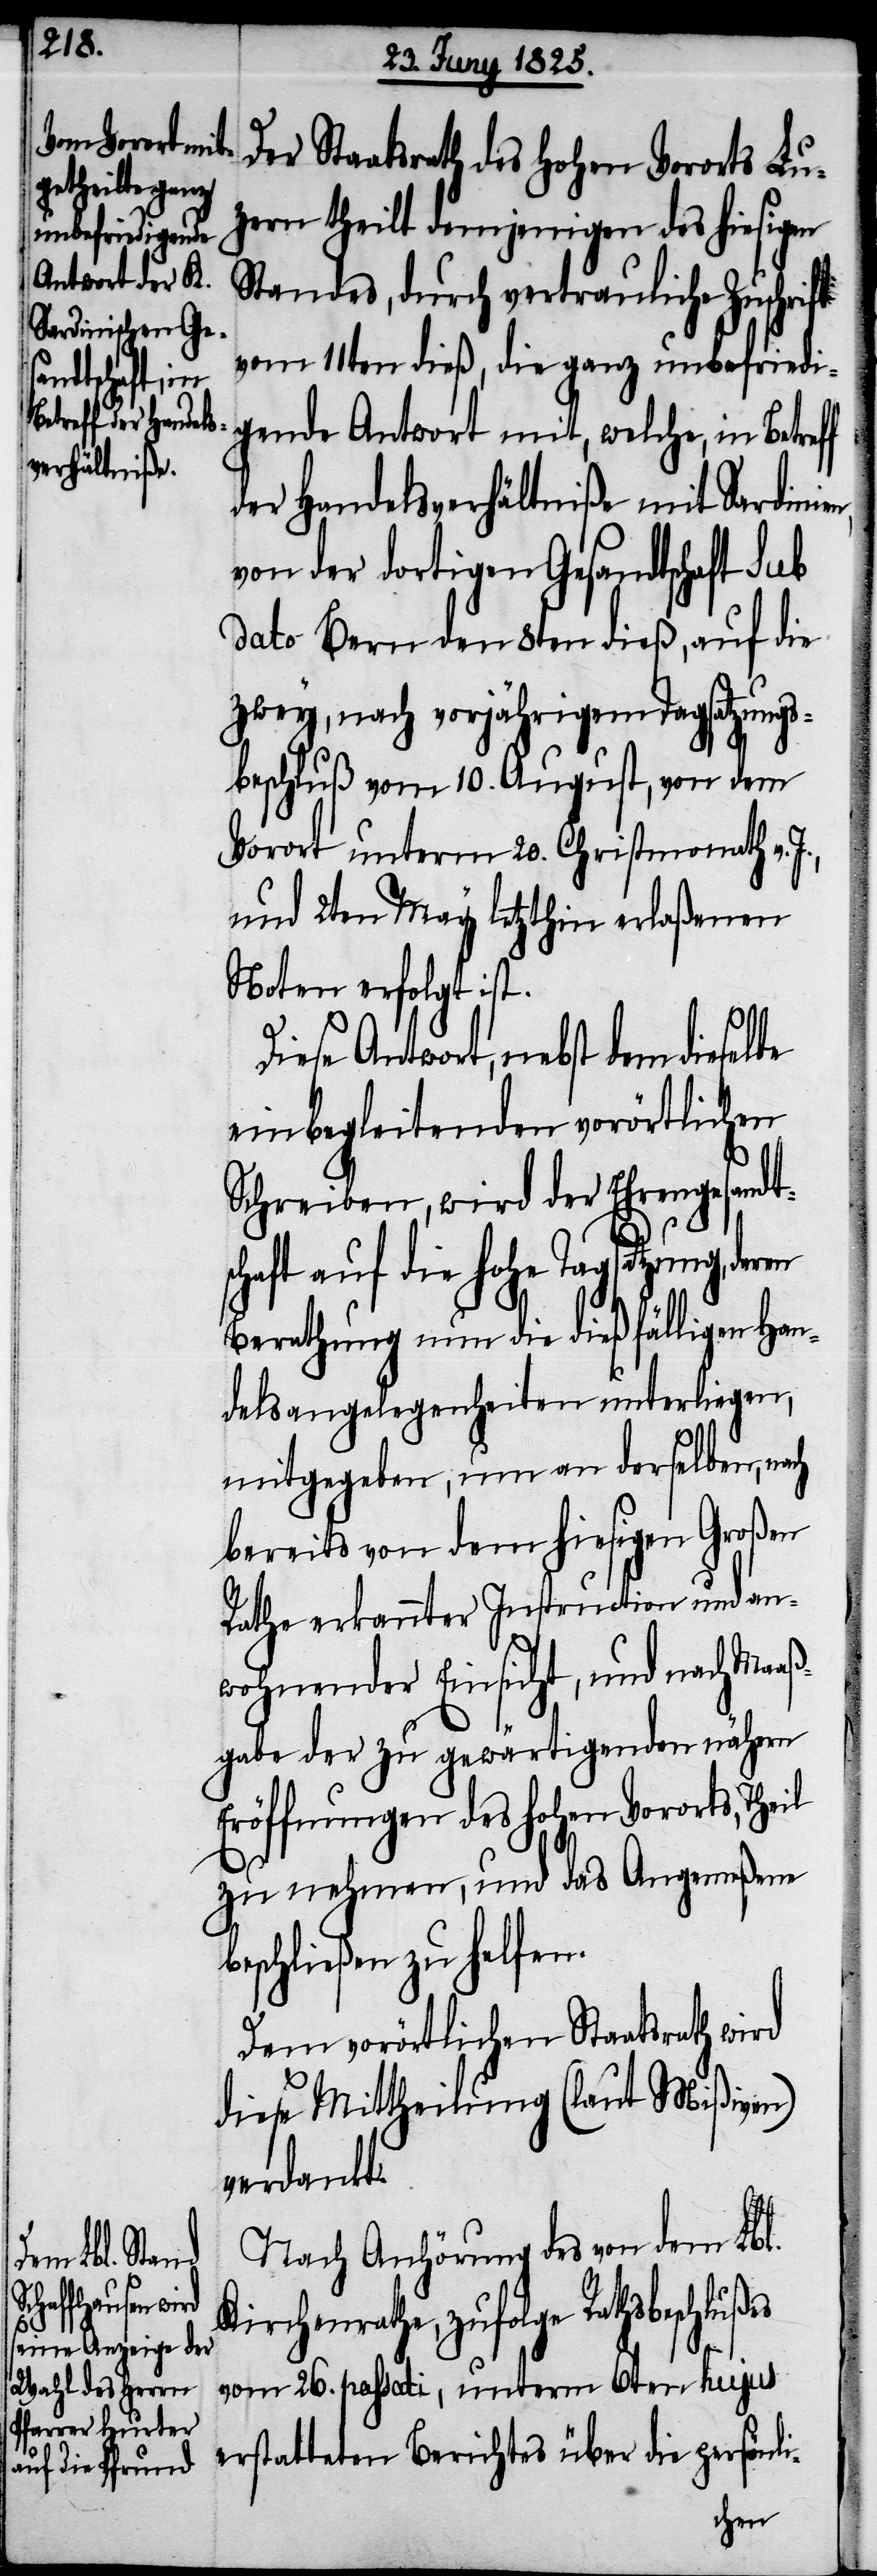
il

Der Staatsrath des Hohen Vororts Lu¬
zern theilt demjenigen des hiesigen
Standes, durch vertrauliche Zuschrift
vom 11ten dieß, die ganz unbefriedi¬
gende Antwort mit, welche, in Betre¬
der Handelsverhältniße mit Sardinie¬
von der dortigen Gesandtschaft sub
dato Bern den 8ten dieß, auf die
zwey, nach vorjährigem Tagsatzungs¬
beschluß vom 10. August, von dem
Vorort unterm 20. Christmonath v.
und 2ten May letzthin erlaßenen
Noten erfolgt ist.
Diese Antwort, nebst dem dieselbe
einbegleitenden vorörtlichen
Schreiben, wird der Ehrengesandt¬
schaft auf die hohe Tagsatzung, de¬
Berathung nun die dießfälligen Han¬
delsangelegenheiten unterliegen,
mitgegeben, um an derselben, nach
bereits von dem hiesigen Großen
Rathe erkannter Instruction und an¬
wohnender Einsicht, und nach Maaß¬
gabe der zu gewärtigenden nähern
Eröffnungen des hohen Vororts, The¬
zu nehmen, und das Angemeßene
beschließen zu helfen.
Dem vorörtlichen Staatsrath wird
diese Mittheilung (lt. Mißiven)
verdankt.
Nach Anhörung des von dem Lbl.
Kirchenrathe, zufolge Rathsbeschlußes
vom 26. passati, unterm 6ten hujus
erstatteten Berichtes über die persönli-